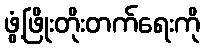
ဖွံ့ဖြိုးတိုးတက်ရေးကို